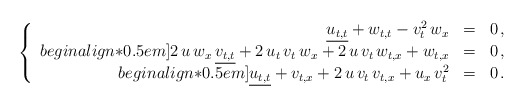
\begin{align*}\left\{ \begin{array}{rcl}\underline{u_{t,t}} + w_{t,t} - v_t^2 \, w_x & = & 0\,,\\begin{align*}0.5em]2 \, u \, w_x \, \underline{v_{t,t}} + 2 \, u_t \, v_t \, w_x + 2 \, u \, v_t \, w_{t,x} + w_{t,x} & = & 0\,,\\begin{align*}0.5em]\underline{u_{t,t}} + v_{t,x} + 2 \, u \, v_t \, v_{t,x} + u_x \, v_t^2 & = & 0\,.\end{array} \right.\end{align*}